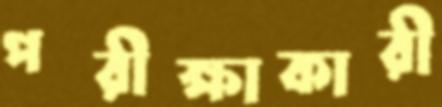
পরীক্ষাকারী